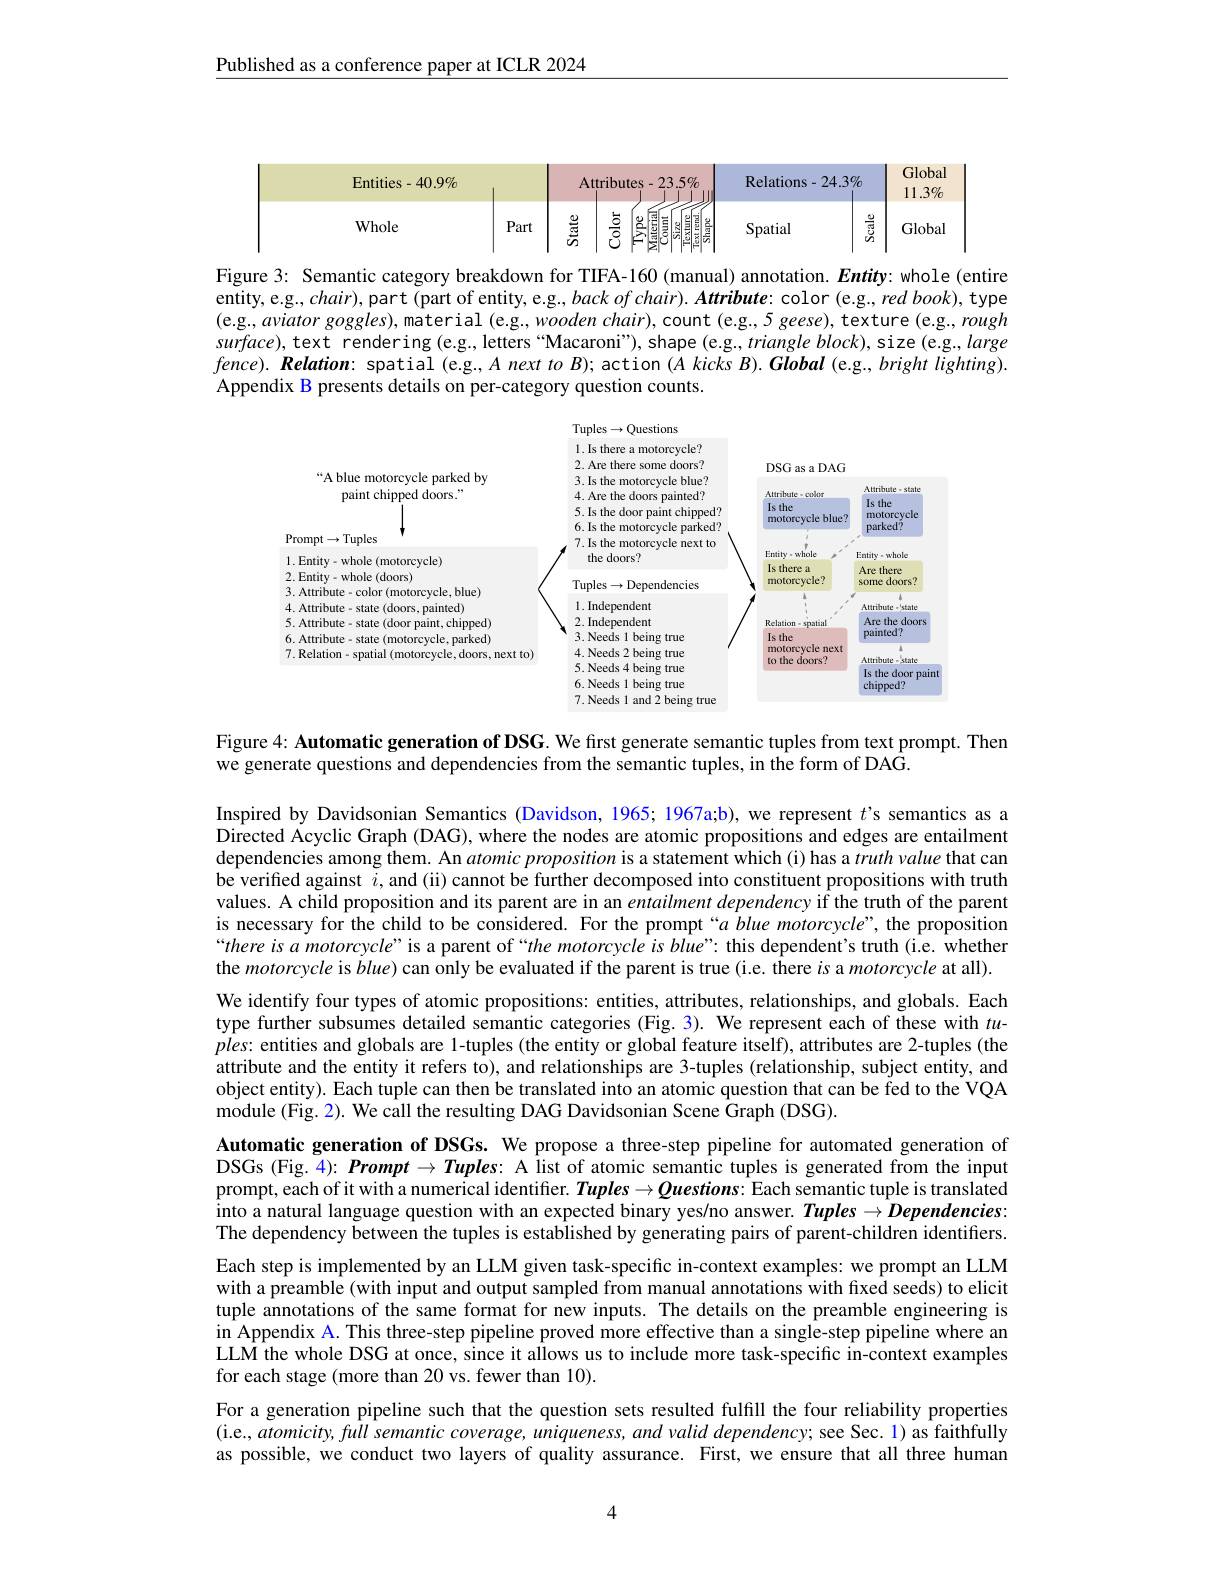
Published as a conference paper at ICLR 2024

<FigureHere>

Figure 3: Semantic category breakdown for TIFA-160 (manual) annotation. Entity: whole (entire entity, e.g., chair), part (part of entity, e.g., back of chair). Attribute: color (e.g., red book), type (e.g., aviator goggles), material (e.g., wooden chair), count (e.g., 5 geese), texture (e.g., rough $surface)$,text rendering (e.g., letters“Macaroni”), shape (e.g., triangle block), size (e.g., large $fence).$ Relation: spatial (e.g., A next to B); action $( A\textit{kicks B}) . \textit{Global( e. g. , bright lighting}) .$ Appendix B presents details on per-category question counts.

<FigureHere>

Figure 4: Automatic generation of DSG. We first generate semantic tuples from text prompt. Then
we generate questions and dependencies from the semantic tuples, in the form of DA$\hat{\mathrm{G}}.$

Inspired by Davidsonian Semantics (Davidson, 1965; 1967a;b), we represent $t’$s semantics as a Directed Acyclic Graph (DAG), where the nodes are atomic propositions and edges are entailment dependencies among them. An atomic proposition is a statement which (i) has a truth value that can be verified against $i$, and (ii) cannot be further decomposed into constituent propositions with truth values. A child proposition and its parent are in an entailment dependency if the truth of the parent is necessary for the child to be considered. For the prompt“a blue motorcycle”, the proposition “there is a motorcycle”is a parent of“the motorcycle is blue”: this dependent’s truth (i.e. whether the motorcycle is blue) can only be evaluated if the parent is true (i.e. there $is$ a motorcycle at all). We identify four types of atomic propositions: entities, attributes, relationships, and globals. Each type further subsumes detailed semantic categories (Fig.3). We represent each of these with $tu$- $ples:$ entities and globals are 1-tuples (the entity or global feature itself), attributes are 2-tuples (the attribute and the entity it refers to), and relationships are 3-tuples (relationship, subject entity, and object entity). Each tuple can then be translated into an atomic question that can be fed to the VQA module (Fig. 2). We call the resulting DAG Davidsonian Scene Graph (DSG).
Automatic generation of DSGs. We propose a three-step pipeline for automated generation of DSGs (Fig.4): Prompt $\to Tuples:$ A list of atomic semantic tuples is generated from the input prompt, each of it with a numerical identifier. Tuples $\to\bar{Q}$uestions: Each semantic tuple is translated into a natural language question with an expected binary yes/no answer. $Tuples\to Dependencies:$ The dependency between the tuples is established by generating pairs of parent-children identifiers. Each step is implemented by an LLM given task-specific in-context examples: we prompt an LLM with a preamble (with input and output sampled from manual annotations with fixed seeds) to elicit tuple annotations of the same format for new inputs. The details on the preamble engineering is $\hat{\text{in Appendix A. This three-step pipeline proved more effective than a single-step pipeline where an}}$ LLM the whole DSG at once, since it allows us to include more task-specific in-context examples for each stage (more than 20 vs. fewer than 10).
For a generation pipeline such that the question sets resulted fulfill the four reliability properties (i.e., atomicity, full semantic coverage, uniqueness, and valid dependency; see Sec. 1) as faithfully as possible, we conduct two layers of quality assurance. First, we ensure that all three human

4